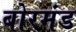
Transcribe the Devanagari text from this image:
बोरमंड